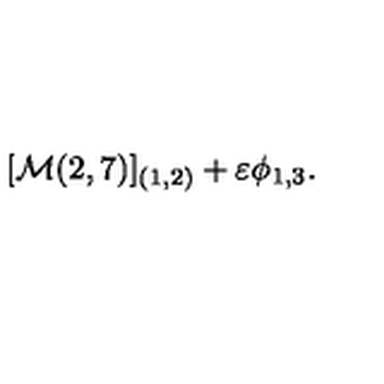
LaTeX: [ { \cal M } ( 2 , 7 ) ] _ { ( 1 , 2 ) } + \varepsilon \phi _ { 1 , 3 } .